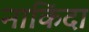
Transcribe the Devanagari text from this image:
नाकिंदा